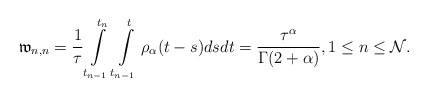
\begin{align*} \mathfrak{w}_{n,n}=\frac{1}{\tau}\int\limits^{t_{n}}_{t_{n-1}}\int\limits_{t_{n-1}}^{t} \rho_{\alpha}(t-s)dsdt=\frac{\tau^{\alpha}}{\Gamma(2+\alpha)},1\leq n\leq \mathcal{N}. \end{align*}